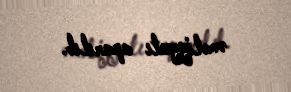
əməliyyatı aparılıb.